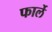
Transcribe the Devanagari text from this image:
फार्ले